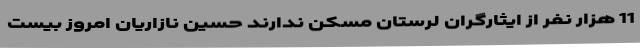
11 هزار نفر از ایثارگران لرستان مسکن ندارند حسین نازاریان امروز بیست